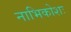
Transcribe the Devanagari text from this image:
नाभिकोशः